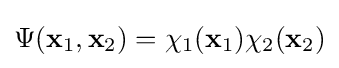
\Psi (\mathbf {x} _{1},\mathbf {x} _{2})=\chi _{1}(\mathbf {x} _{1})\chi _{2}(\mathbf {x} _{2})